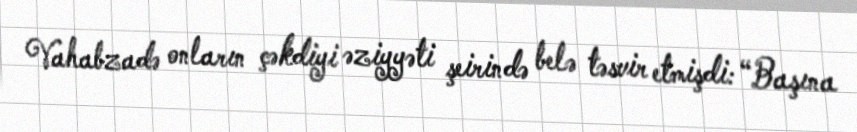
Vahabzadə onların çəkdiyi əziyyəti şeirində belə təsvir etmişdi: “Başına